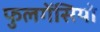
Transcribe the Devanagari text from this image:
फुलगेंसियो